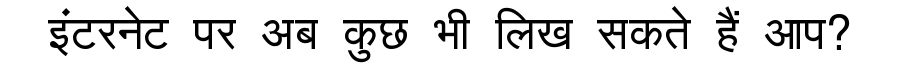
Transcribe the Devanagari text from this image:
इंटरनेट पर अब कुछ भी लिख सकते हैं आप?